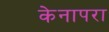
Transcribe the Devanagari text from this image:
केनापरा